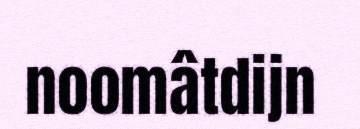
noomâtdijn